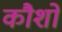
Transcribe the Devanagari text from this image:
कौशों